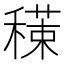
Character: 𥢇